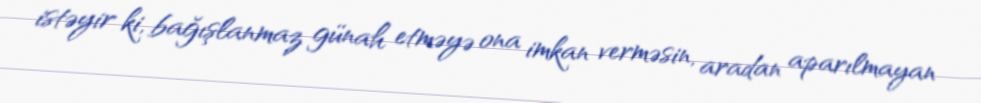
istəyir ki, bağışlanmaz günah etməyə ona imkan verməsin, aradan aparılmayan